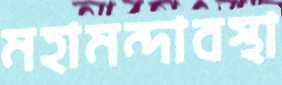
মহামন্দাবস্থা